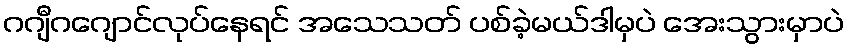
ဂဂျီဂဂျောင်လုပ်နေရင် အသေသတ် ပစ်ခဲ့မယ်ဒါမှပဲ အေးသွားမှာပဲ